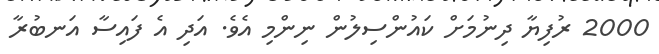
2000 ރުފިޔާ ދިނުމަށް ކައުންސިލުން ނިންމި އެވެ. އަދި އެ ފައިސާ އަނބުރާ